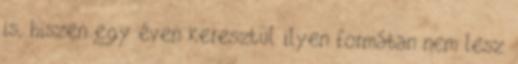
is, hiszen egy éven keresztül ilyen formában nem lesz